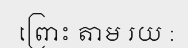
ព្រោះ តាម រយ :